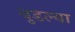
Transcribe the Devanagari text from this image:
बुडल्या